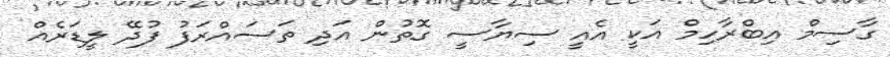
ގާސިމް އިބްރާހިމް އަކީ އެއީ ސިޔާސީ ގޮތުން އަދި ތަސައްރަފު ފުދޭ ލީޑަރެއް